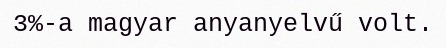
3%-a magyar anyanyelvű volt.